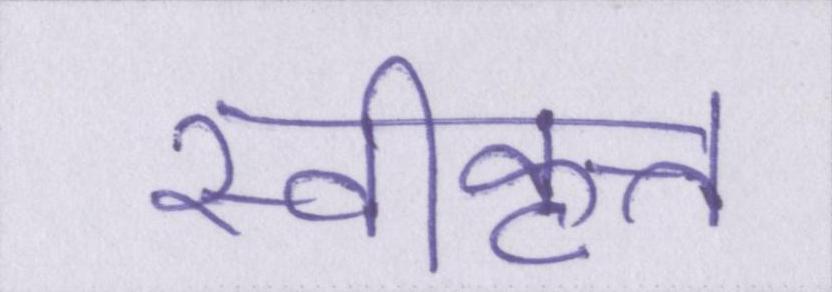
स्वीकृत्त